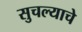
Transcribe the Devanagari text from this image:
सुचल्याचे